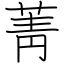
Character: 菁